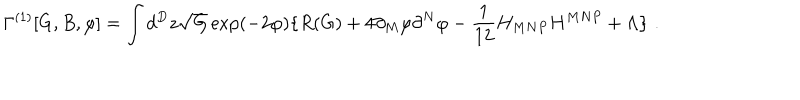
LaTeX: \Gamma ^ { ( 1 ) } [ G , B , \varphi ] = \int d ^ { D } z \sqrt { G } \exp ( - 2 \varphi ) \{ R ( G ) + 4 \partial _ { M } \varphi \partial ^ { N } \varphi - \frac { 1 } { 1 2 } H _ { M N P } H ^ { M N P } + \Lambda \} \, \, .